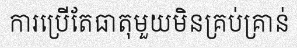
ការប្រើតែធាតុមួយមិនគ្រប់គ្រាន់